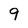
Character: 9